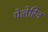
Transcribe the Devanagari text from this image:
पेलेरिन